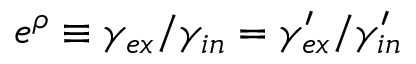
e ^ { \rho } \equiv \gamma _ { e x } / \gamma _ { i n } = \gamma _ { e x } ^ { \prime } / \gamma _ { i n } ^ { \prime }